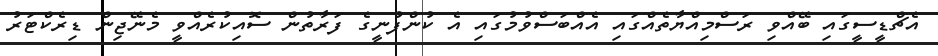
އެޗްޑީސީގައި ބޭއްވި ރަސްމިއްޔާތެއްގައި އެއްބަސްވުމުގައި އެ ކުންފުނީގެ ފަރާތުން ސޮއިކުރެއްވީ މެނޭޖިން ޑިރެކްޓަރު